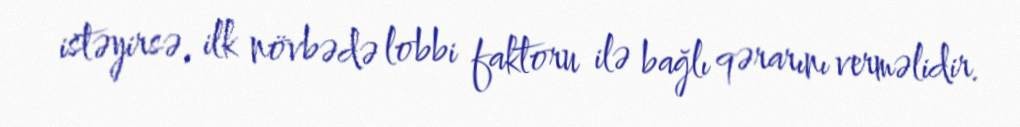
istəyirsə, ilk növbədə lobbi faktoru ilə bağlı qərarını verməlidir.